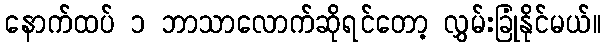
နောက်ထပ် ၁ ဘာသာလောက်ဆိုရင်တော့ လွှမ်းခြုံနိုင်မယ်။